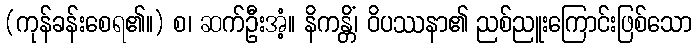
(ကုန်ခန်းစေရ၏။) စ၊ ဆက်ဦးအံ့။ နိကန္တိံ၊ ဝိပဿနာ၏ ညစ်ညူးကြောင်းဖြစ်သော